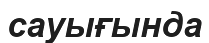
сауығында